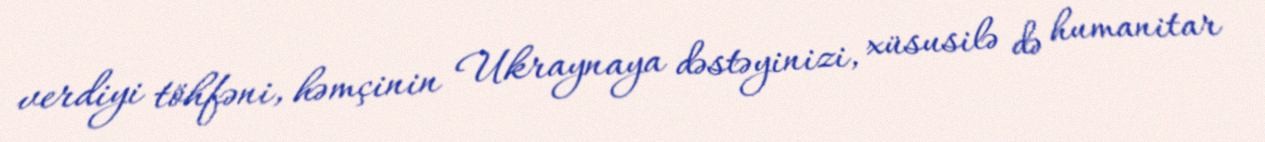
verdiyi töhfəni, həmçinin Ukraynaya dəstəyinizi, xüsusilə də humanitar